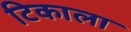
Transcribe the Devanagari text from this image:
टिकाला